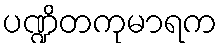
ပဏ္ဍိတကုမာရက